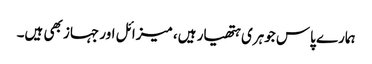
ہمارے پاس جوہری ہتھیار ہیں، میزائل اور جہاز بھی ہیں۔